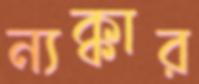
ন্যক্কার